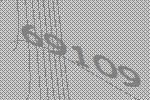
69109